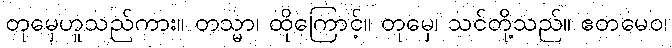
တုမှေဟူသည်ကား။ တသ္မာ၊ ထိုကြောင့်။ တုမှေ၊ သင်တို့သည်။ ဧတမေဝ၊